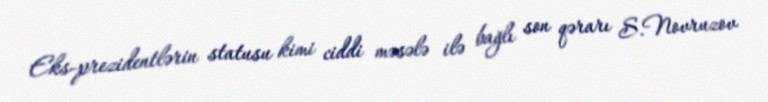
Eks-prezidentlərin statusu kimi ciddi məsələ ilə bağlı son qərarı S.Novruzov